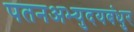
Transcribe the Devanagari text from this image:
पतनअभ्युदयबंधुर